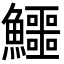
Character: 鱷